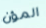
المؤن